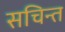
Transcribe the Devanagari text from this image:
सचिन्त